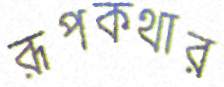
রূপকথার